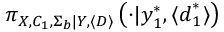
\pi _ { \boldsymbol { X } , C _ { 1 } , \Sigma _ { b } | \boldsymbol { Y } , \langle \boldsymbol { D } \rangle } \left( \cdot | \boldsymbol { y } _ { 1 } ^ { * } , \langle \boldsymbol { d } _ { 1 } ^ { * } \rangle \right)